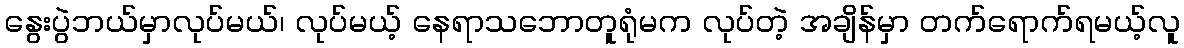
နွေးပွဲဘယ်မှာလုပ်မယ်၊ လုပ်မယ့် နေရာသဘောတူရုံမက လုပ်တဲ့ အချိန်မှာ တက်ရောက်ရမယ့်လူ